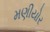
મણીયોર